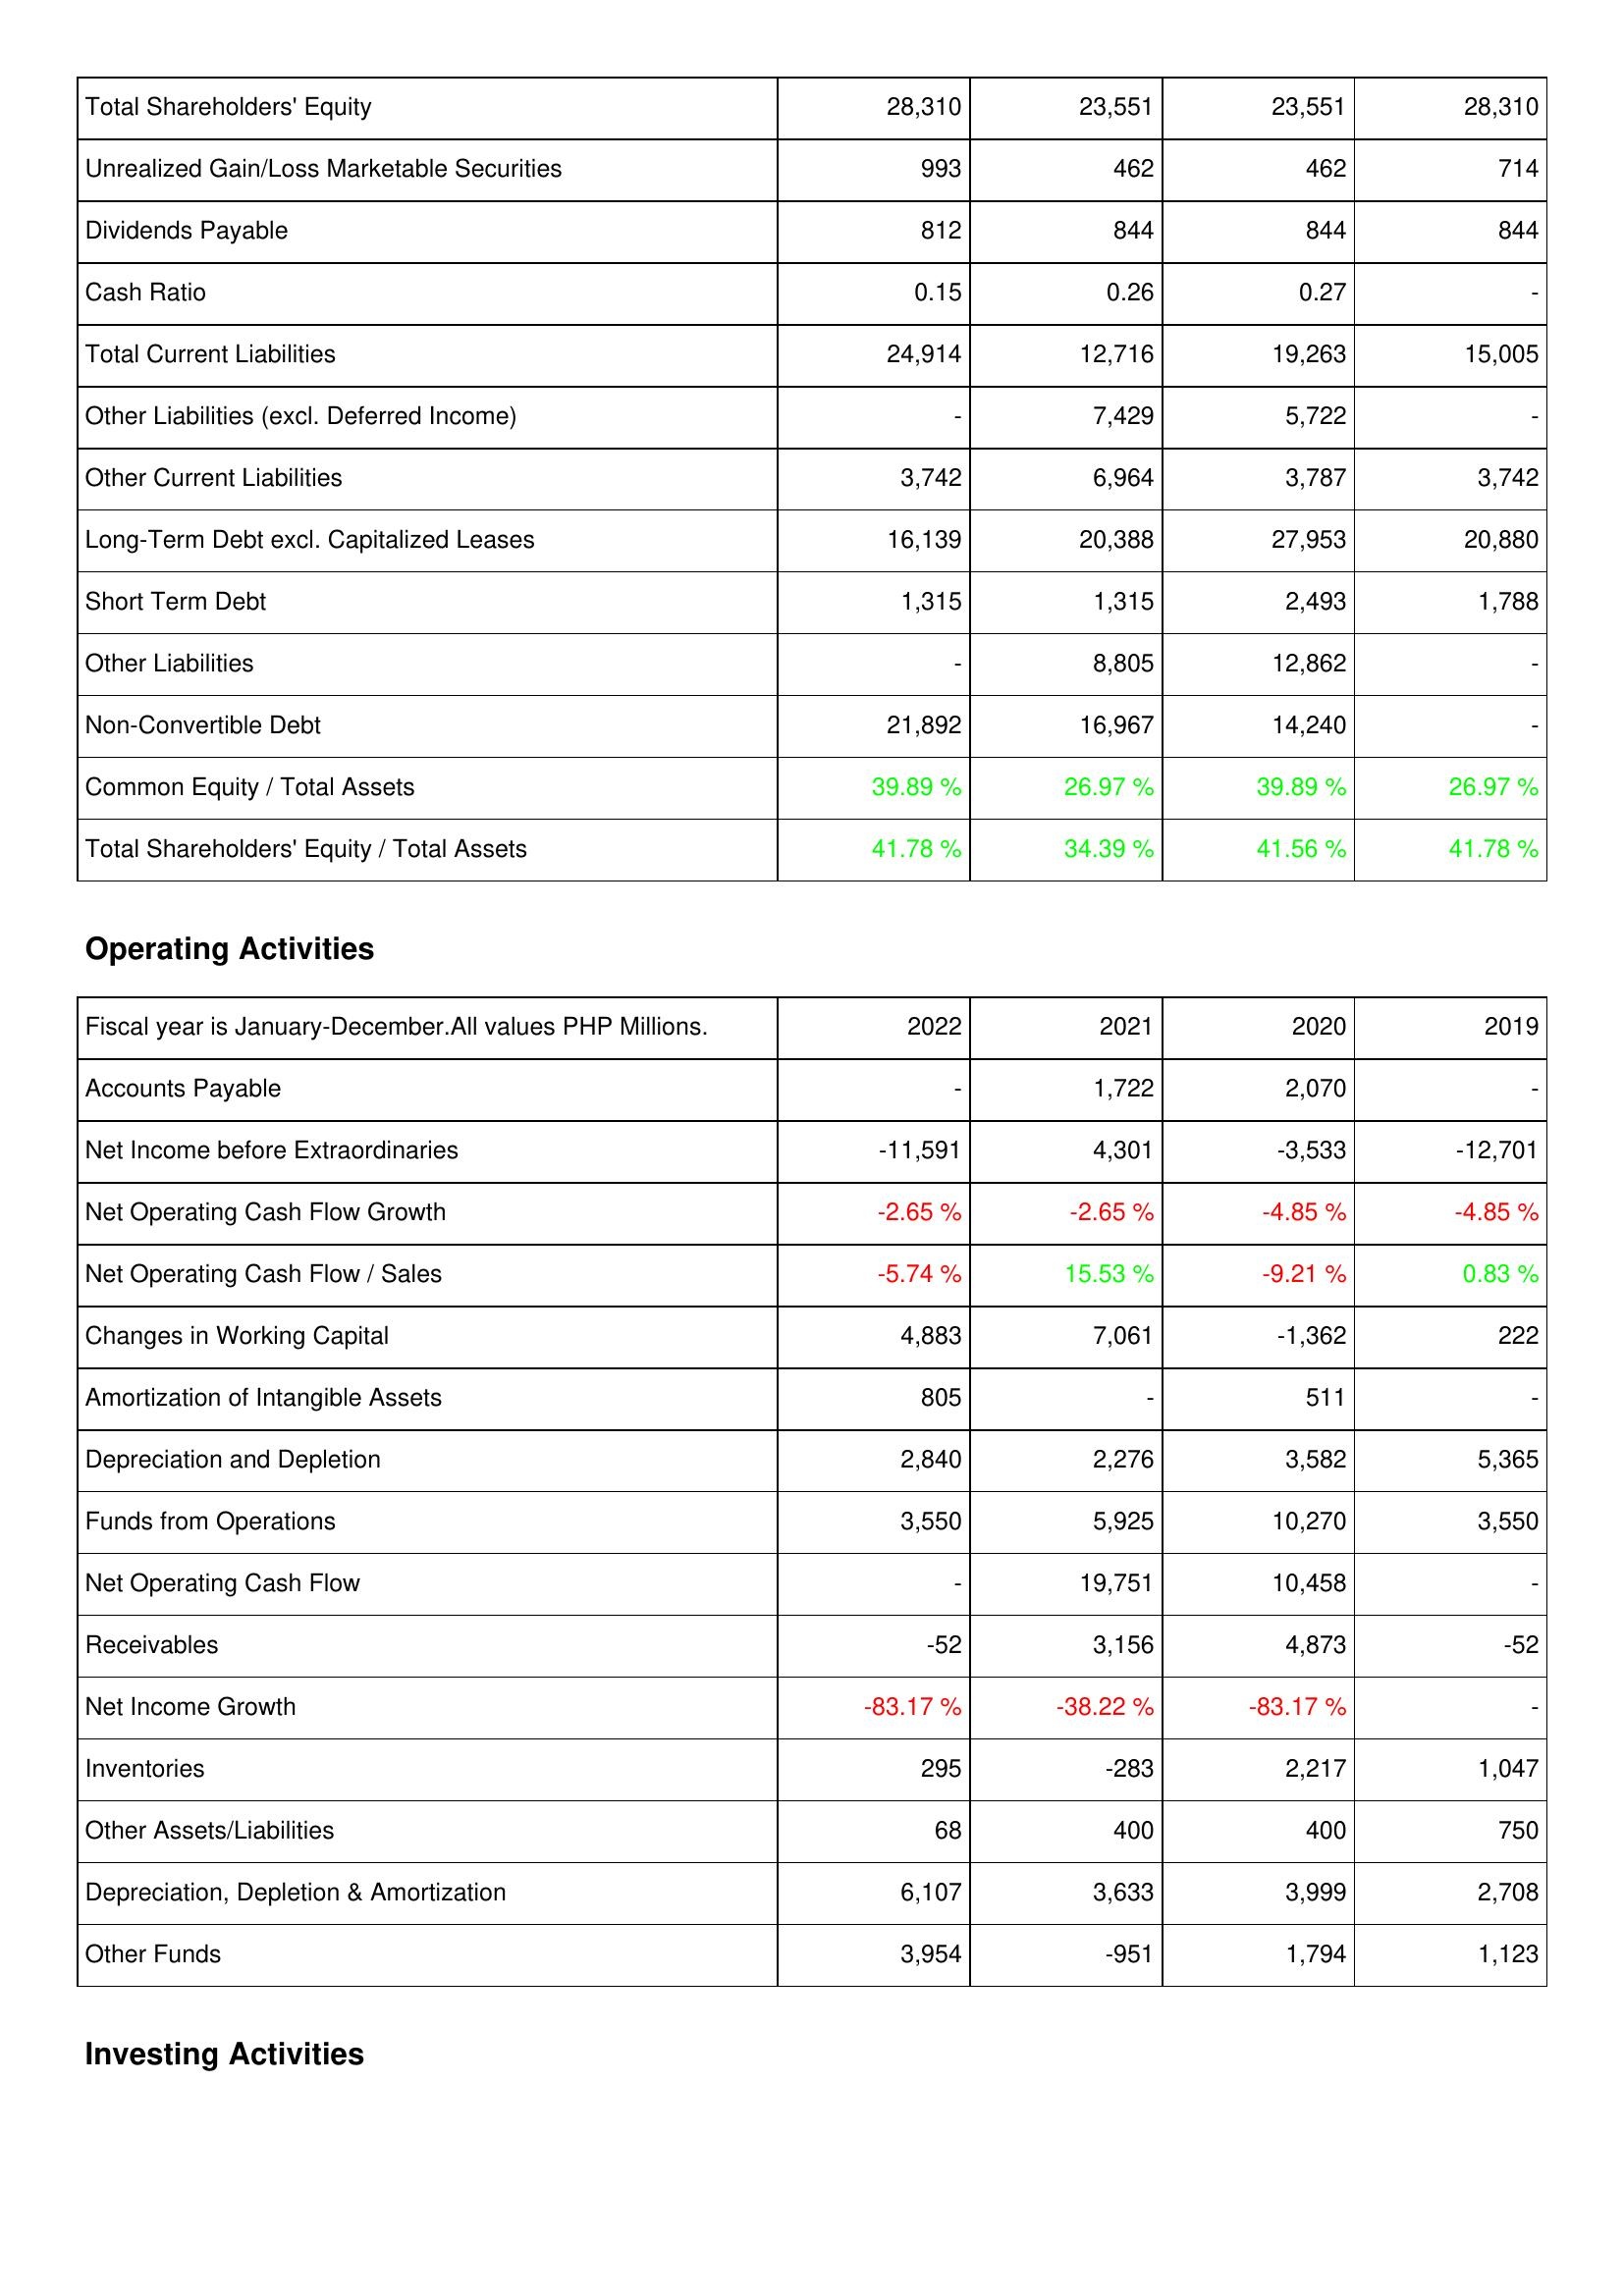
2022: Liabilities & Shareholders' Equity: Total Shareholders' Equity: 28,310
Unrealized Gain/Loss Marketable Securities: 993
Dividends Payable: 812
Cash Ratio: 0.15
Total Current Liabilities: 24,914
Other Liabilities (excl. Deferred Income): -
Other Current Liabilities: 3,742
Long-Term Debt excl. Capitalized Leases: 16,139
Short Term Debt: 1,315
Other Liabilities: -
Non-Convertible Debt: 21,892
Common Equity / Total Assets: 39.89 %
Total Shareholders' Equity / Total Assets: 41.78 %
Operating Activities: Accounts Payable: -
Net Income before Extraordinaries: -11,591
Net Operating Cash Flow Growth: -2.65 %
Net Operating Cash Flow / Sales: -5.74 %
Changes in Working Capital: 4,883
Amortization of Intangible Assets: 805
Depreciation and Depletion: 2,840
Funds from Operations: 3,550
Net Operating Cash Flow: -
Receivables: -52
Net Income Growth: -83.17 %
Inventories: 295
Other Assets/Liabilities: 68
Depreciation, Depletion & Amortization: 6,107
Other Funds: 3,954
2021: Liabilities & Shareholders' Equity: Total Shareholders' Equity: 23,551
Unrealized Gain/Loss Marketable Securities: 462
Dividends Payable: 844
Cash Ratio: 0.26
Total Current Liabilities: 12,716
Other Liabilities (excl. Deferred Income): 7,429
Other Current Liabilities: 6,964
Long-Term Debt excl. Capitalized Leases: 20,388
Short Term Debt: 1,315
Other Liabilities: 8,805
Non-Convertible Debt: 16,967
Common Equity / Total Assets: 26.97 %
Total Shareholders' Equity / Total Assets: 34.39 %
Operating Activities: Accounts Payable: 1,722
Net Income before Extraordinaries: 4,301
Net Operating Cash Flow Growth: -2.65 %
Net Operating Cash Flow / Sales: 15.53 %
Changes in Working Capital: 7,061
Amortization of Intangible Assets: -
Depreciation and Depletion: 2,276
Funds from Operations: 5,925
Net Operating Cash Flow: 19,751
Receivables: 3,156
Net Income Growth: -38.22 %
Inventories: -283
Other Assets/Liabilities: 400
Depreciation, Depletion & Amortization: 3,633
Other Funds: -951
2020: Liabilities & Shareholders' Equity: Total Shareholders' Equity: 23,551
Unrealized Gain/Loss Marketable Securities: 462
Dividends Payable: 844
Cash Ratio: 0.27
Total Current Liabilities: 19,263
Other Liabilities (excl. Deferred Income): 5,722
Other Current Liabilities: 3,787
Long-Term Debt excl. Capitalized Leases: 27,953
Short Term Debt: 2,493
Other Liabilities: 12,862
Non-Convertible Debt: 14,240
Common Equity / Total Assets: 39.89 %
Total Shareholders' Equity / Total Assets: 41.56 %
Operating Activities: Accounts Payable: 2,070
Net Income before Extraordinaries: -3,533
Net Operating Cash Flow Growth: -4.85 %
Net Operating Cash Flow / Sales: -9.21 %
Changes in Working Capital: -1,362
Amortization of Intangible Assets: 511
Depreciation and Depletion: 3,582
Funds from Operations: 10,270
Net Operating Cash Flow: 10,458
Receivables: 4,873
Net Income Growth: -83.17 %
Inventories: 2,217
Other Assets/Liabilities: 400
Depreciation, Depletion & Amortization: 3,999
Other Funds: 1,794
2019: Liabilities & Shareholders' Equity: Total Shareholders' Equity: 28,310
Unrealized Gain/Loss Marketable Securities: 714
Dividends Payable: 844
Cash Ratio: -
Total Current Liabilities: 15,005
Other Liabilities (excl. Deferred Income): -
Other Current Liabilities: 3,742
Long-Term Debt excl. Capitalized Leases: 20,880
Short Term Debt: 1,788
Other Liabilities: -
Non-Convertible Debt: -
Common Equity / Total Assets: 26.97 %
Total Shareholders' Equity / Total Assets: 41.78 %
Operating Activities: Accounts Payable: -
Net Income before Extraordinaries: -12,701
Net Operating Cash Flow Growth: -4.85 %
Net Operating Cash Flow / Sales: 0.83 %
Changes in Working Capital: 222
Amortization of Intangible Assets: -
Depreciation and Depletion: 5,365
Funds from Operations: 3,550
Net Operating Cash Flow: -
Receivables: -52
Net Income Growth: -
Inventories: 1,047
Other Assets/Liabilities: 750
Depreciation, Depletion & Amortization: 2,708
Other Funds: 1,123